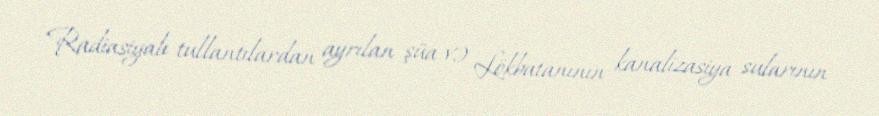
Radiasiyalı tullantılardan ayrılan şüa və Lökbatanının kanalizasiya sularının